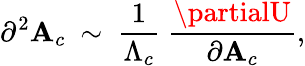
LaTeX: \partial^{2}\mathbf{A}_{c}~\sim~\frac{{1}}{{\Lambda_{c}}}{}~\frac{{\partialU}}{{\partial\mathbf{A}_{c}}},